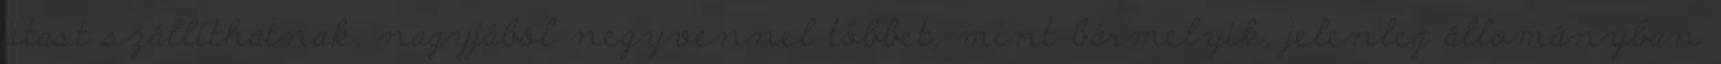
utast szállíthatnak, nagyjából negyvennel többet, mint bármelyik, jelenleg állományban